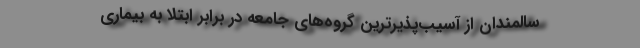
سالمندان از آسیب‌پذیرترین گروه‌های جامعه در برابر ابتلا به بیماری